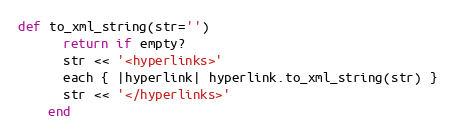
Language: Ruby
def to_xml_string(str='')
      return if empty?
      str << '<hyperlinks>'
      each { |hyperlink| hyperlink.to_xml_string(str) }
      str << '</hyperlinks>'
    end